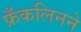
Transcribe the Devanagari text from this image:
फ्रँकलिनने